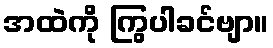
အထဲကို ကြွပါခင်ဗျာ။